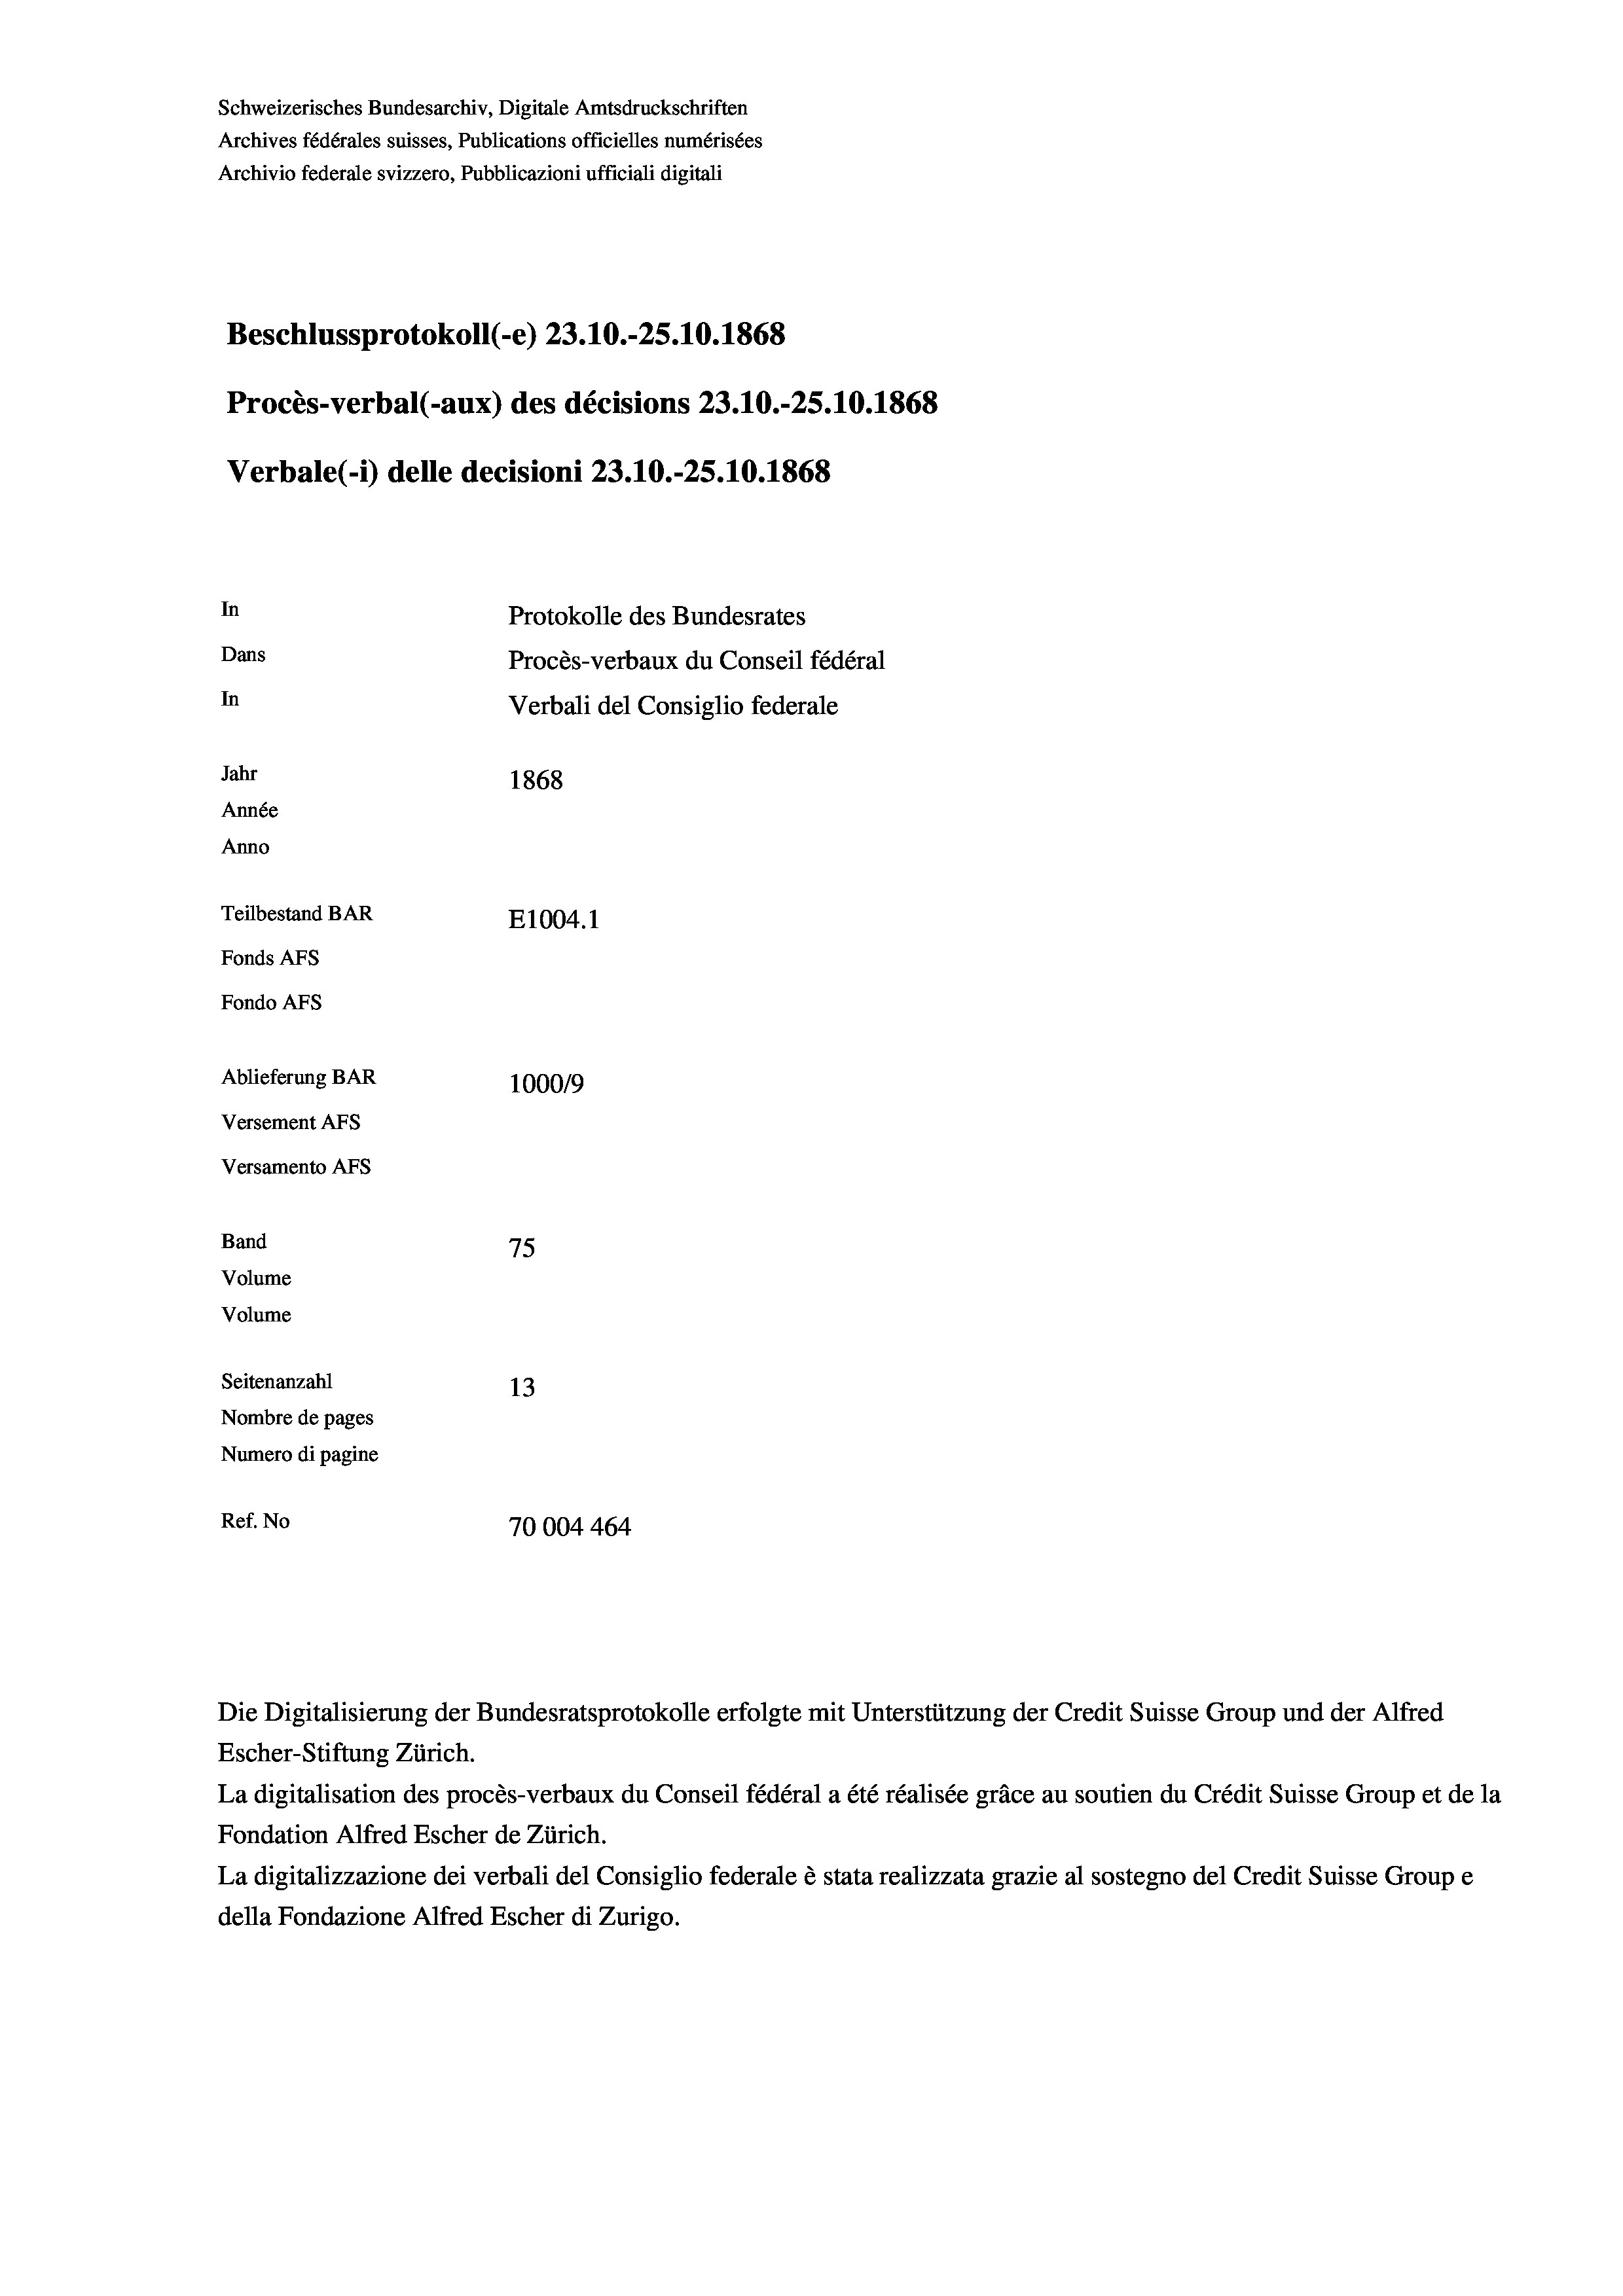
Schweizerisches Bundesarchiv, Digitale Amtsdruckschriften
Archives fédérales suisses, Publications officielles numérisées
Archivio federale svizzero, Pubblicazioni ufficiali digitali
Beschlussprotokoll (-e) 23.10.-25.10.1868
Procès-verbal (-aux) des décisions 23.10.-25.10.1868
Verbale (- 1) delle decisioni 23.10.-25.10.1868
In
Protokolle des Bundesrates
Dans
Procès-verbaux du Conseil fédéral
In
Verbali del Consiglio federale
Jahr
1868
Année
Anno
Teilbestand BAR
E1004. 1
Fonds AFs
Fondo AFS
Ablieferung BAR
1000/9
Versement AFs
Versamento AFs
Band
75
Volume
Volume

Seitenanzahl
13
Nombre de pages
Numero di pagine
Ref. No
70004 464

Escher-Stiftung Zürich.
La digitalisation des procès-verbaux du Conseil fédéral a été réalisée gräce au soutien du Crédit Suisse Group et de la
Fondation Alfred Escher de Zürich.
La digitalizzazione dei verbali del Consiglio federale è stata realizzata grazie al sostegno del Credit Suisse Groupe
della Fondazione Alfred Escher di Zurigo.

Die Digitalisierung der Bundesratsprotokolle erfolgte mit Unterstützung der Credit Suisse Group und der Alfred